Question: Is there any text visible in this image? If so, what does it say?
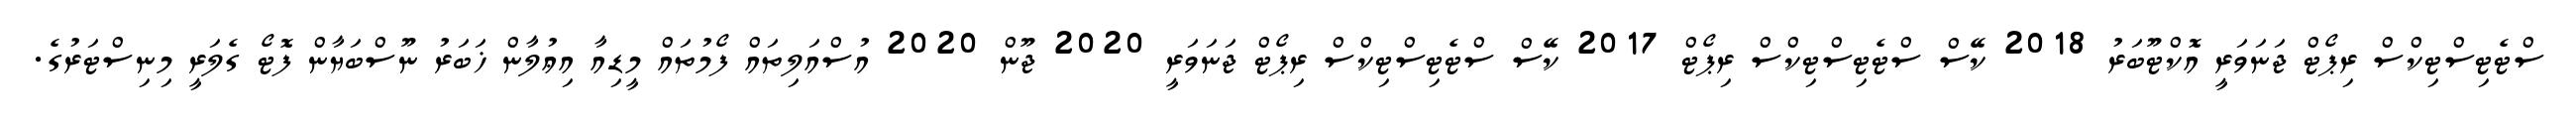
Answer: ސްޓެޓިސްޓިކްސް ރިޕޯޓް ޖަނަވަރީ އޮކްޓޫބަރު 2018 ކޭސް ސްޓެޓިސްޓިކްސް ރިޕޯޓް 2017 ކޭސް ސްޓެޓިސްޓިކްސް ރިޕޯޓް ޖަނަވަރީ 2020 ޖޫން 2020 އުސްއަލިތައް ފޯމުތައް މީޑިއާ އިޢުލާން ޚަބަރު ނޫސްބަޔާން ފޮޓޯ ގެލަރީ މިނިސްޓަރުގެ.